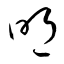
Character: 朙